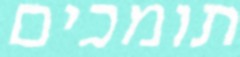
תומכים